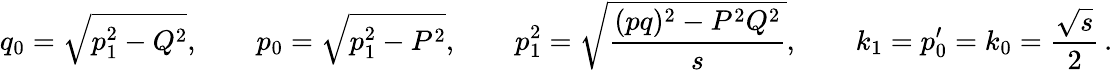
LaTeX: q_{0}=\sqrt{p_{1}^{2}-Q^{2}},\qquad p_{0}=\sqrt{p_{1}^{2}-P^{2}},\qquad p_{1}^{2}=\sqrt{\frac{(pq)^{2}-P^{2}Q^{2}}{s}},\qquad k_{1}=p_{0}^{\prime}=k_{0}={\frac{\sqrt{s}}{2}}\, .